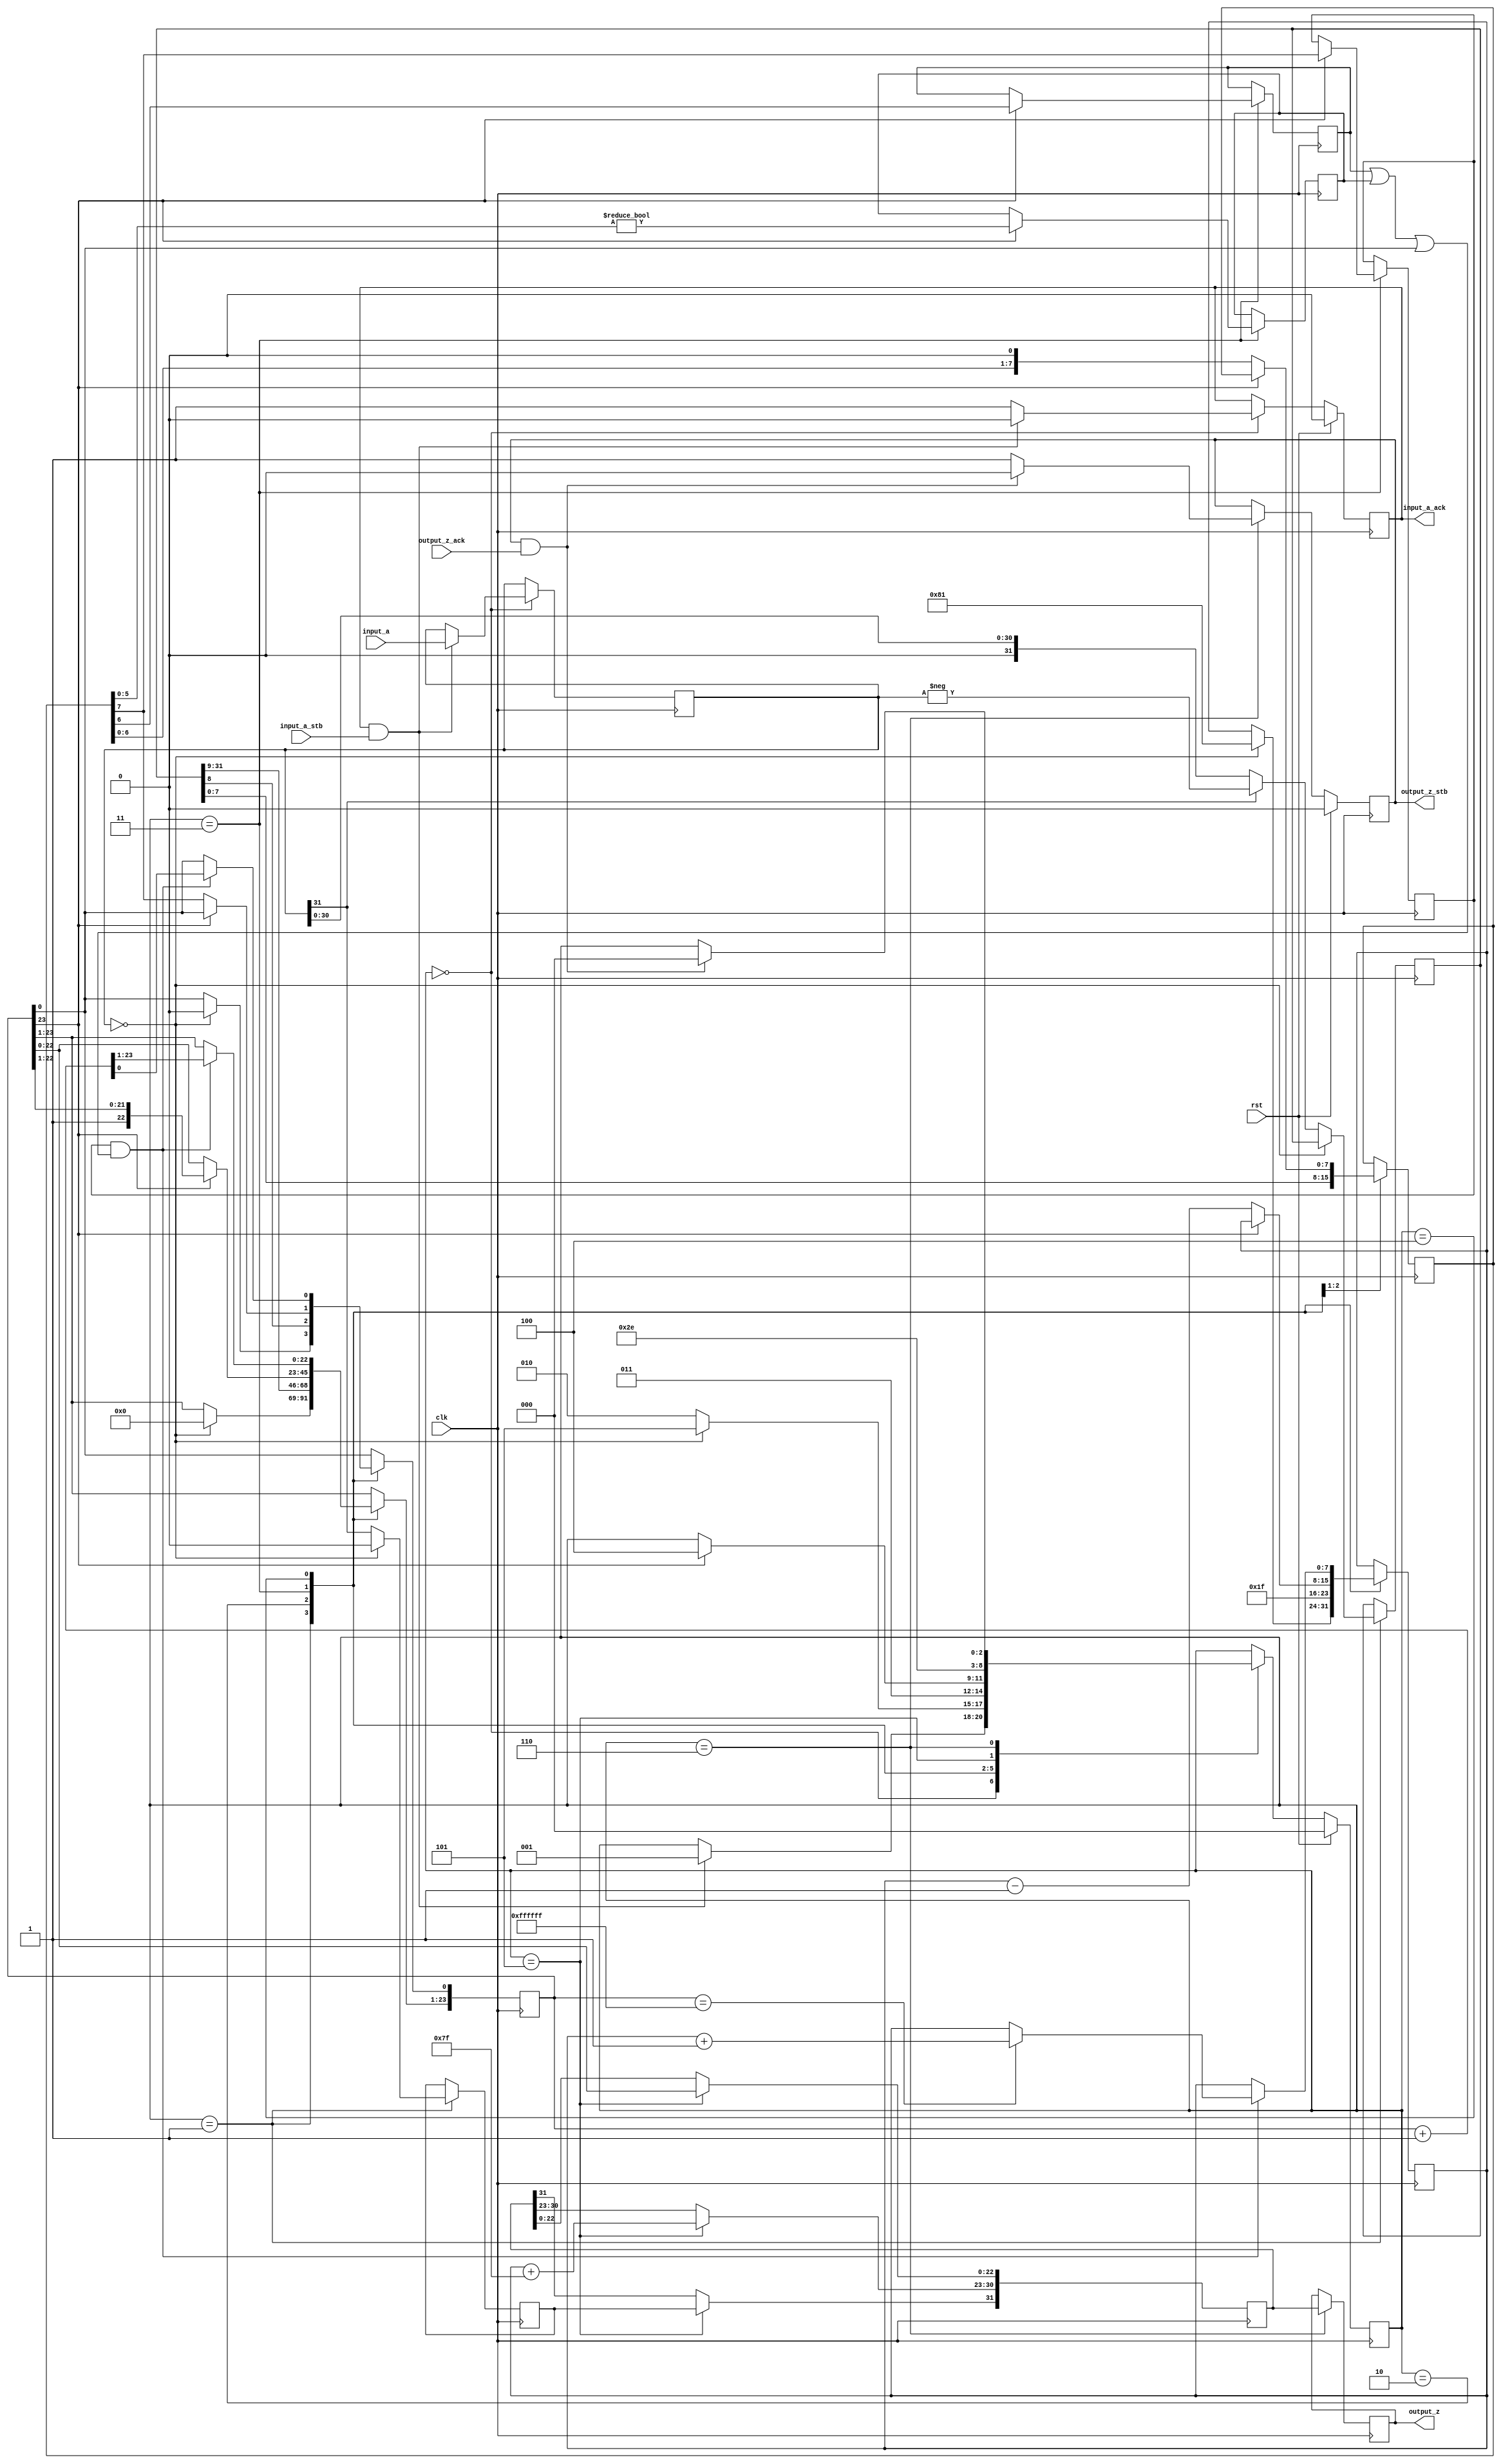
module int_to_float(
        input_a,
        input_a_stb,
        output_z_ack,
        clk,
        rst,
        output_z,
        output_z_stb,
        input_a_ack);

  input     clk;
  input     rst;

  input     [31:0] input_a;
  input     input_a_stb;
  output    input_a_ack;

  output    [31:0] output_z;
  output    output_z_stb;
  input     output_z_ack;

  reg       s_output_z_stb;
  reg       [31:0] s_output_z;
  reg       s_input_a_ack;
  reg       s_input_b_ack;

  reg       [2:0] state;
  parameter get_a         = 3'd0,
            convert_0     = 3'd1,
            convert_1     = 3'd2,
            convert_2     = 3'd3,
            round         = 3'd4,
            pack          = 3'd5,
            put_z         = 3'd6;

  reg [31:0] a, z, value;
  reg [23:0] z_m;
  reg [7:0] z_r;
  reg [7:0] z_e;
  reg z_s;
  reg guard, round_bit, sticky;

  always @(posedge clk)
  begin

    case(state)

      get_a:
      begin
        s_input_a_ack <= 1;
        if (s_input_a_ack && input_a_stb) begin
          a <= input_a;
          s_input_a_ack <= 0;
          state <= convert_0;
        end
      end

      convert_0:
      begin
        if ( a == 0 ) begin
          z_s <= 0;
          z_m <= 0;
          z_e <= -127;
          state <= pack;
        end else begin
          value <= a[31] ? -a : a;
          z_s <= a[31];
          state <= convert_1;
        end
      end

      convert_1:
      begin
        z_e <= 31;
        z_m <= value[31:8];
        z_r <= value[7:0];
        state <= convert_2;
      end

      convert_2:
      begin
        if (!z_m[23]) begin
          z_e <= z_e - 1;
          z_m <= z_m << 1;
          z_m[0] <= z_r[7];
          z_r <= z_r << 1;
        end else begin
          guard <= z_r[7];
          round_bit <= z_r[6];
          sticky <= z_r[5:0] != 0;
          state <= round;
        end
      end

      round:
      begin
        if (guard && (round_bit || sticky || z_m[0])) begin
          z_m <= z_m + 1;
          if (z_m == 24'hffffff) begin
            z_e <=z_e + 1;
          end
        end
        state <= pack;
      end

      pack:
      begin
        z[22 : 0] <= z_m[22:0];
        z[30 : 23] <= z_e + 127;
        z[31] <= z_s;
        state <= put_z;
      end

      put_z:
      begin
        s_output_z_stb <= 1;
        s_output_z <= z;
        if (s_output_z_stb && output_z_ack) begin
          s_output_z_stb <= 0;
          state <= get_a;
        end
      end

    endcase

    if (rst == 1) begin
      state <= get_a;
      s_input_a_ack <= 0;
      s_output_z_stb <= 0;
    end

  end
  assign input_a_ack = s_input_a_ack;
  assign output_z_stb = s_output_z_stb;
  assign output_z = s_output_z;

endmodule